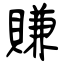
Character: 賺